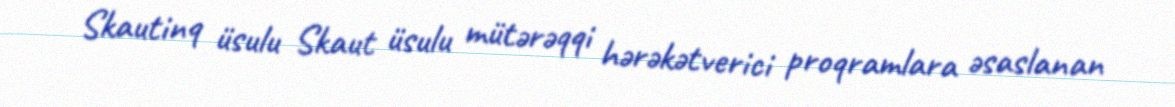
Skautinq üsulu Skaut üsulu mütərəqqi hərəkətverici proqramlara əsaslanan